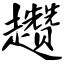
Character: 趱